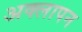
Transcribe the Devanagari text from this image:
अक्लापन